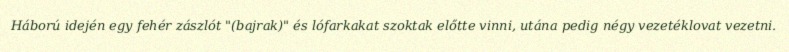
Háború idején egy fehér zászlót "(bajrak)" és lófarkakat szoktak előtte vinni, utána pedig négy vezetéklovat vezetni.